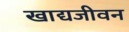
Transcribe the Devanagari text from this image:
खाद्यजीवन